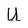
Character: U